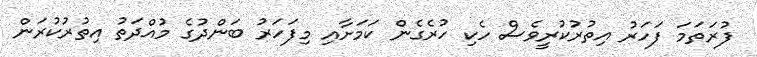
ފުރަތަމަ ފަހަރު އިތުރުކުރީވެސް ހެކި ހުރެގެން ކަމަށާއި މިފަހަރު ބަންދުގެ މުއްދަތު އިތުރުކުރަން